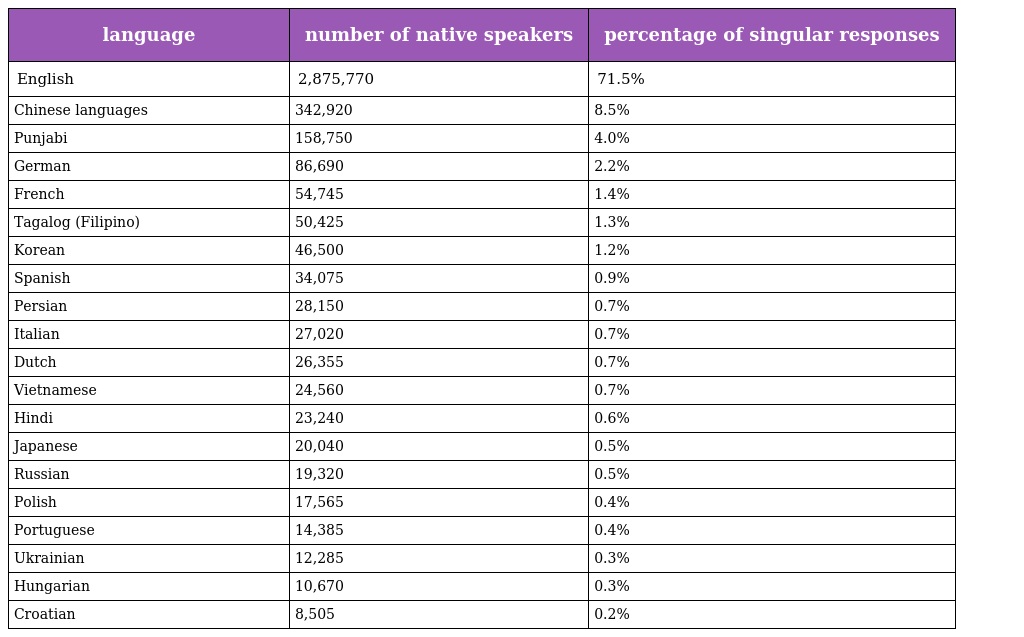
| language | number of native speakers | percentage of singular responses |
 | --- | --- | --- |
 | English | 2,875,770 | 71.5% |
 | Chinese languages | 342,920 | 8.5% |
 | Punjabi | 158,750 | 4.0% |
 | German | 86,690 | 2.2% |
 | French | 54,745 | 1.4% |
 | Tagalog (Filipino) | 50,425 | 1.3% |
 | Korean | 46,500 | 1.2% |
 | Spanish | 34,075 | 0.9% |
 | Persian | 28,150 | 0.7% |
 | Italian | 27,020 | 0.7% |
 | Dutch | 26,355 | 0.7% |
 | Vietnamese | 24,560 | 0.7% |
 | Hindi | 23,240 | 0.6% |
 | Japanese | 20,040 | 0.5% |
 | Russian | 19,320 | 0.5% |
 | Polish | 17,565 | 0.4% |
 | Portuguese | 14,385 | 0.4% |
 | Ukrainian | 12,285 | 0.3% |
 | Hungarian | 10,670 | 0.3% |
 | Croatian | 8,505 | 0.2% |